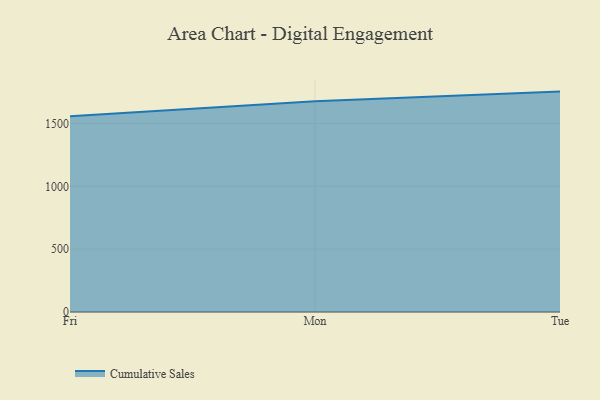
{"axis": {"x": "Day", "y": "Headcount"}, "legend": ["Cumulative Sales"], "data": [{"x": "Fri", "y": 1557.4, "type": "Cumulative Sales"}, {"x": "Mon", "y": 1676.2, "type": "Cumulative Sales"}, {"x": "Tue", "y": 1753.4, "type": "Cumulative Sales"}]}